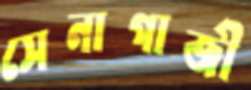
সেনাগাজী